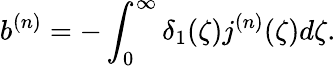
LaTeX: b^{(n)}=-\int_{0}^{\infty}\delta_{1}(\zeta)j^{(n)}(\zeta)d\zeta.